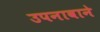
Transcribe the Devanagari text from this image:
उपनावाने